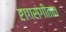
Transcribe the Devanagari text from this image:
रागसंगीतात